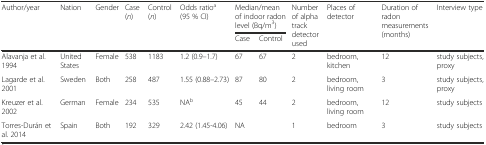
<table><thead><tr><td rowspan="2"><b>Author/year</b></td><td rowspan="2"><b>Nation</b></td><td rowspan="2"><b>Gender</b></td><td rowspan="2"><b>Case (<i>n</i>)</b></td><td rowspan="2"><b>Control (<i>n</i>)</b></td><td rowspan="2"><b>Odds ratio<sup>a</sup> (95 % CI)</b></td><td colspan="2"><b>Median/mean of indoor radon level (Bq/m<sup>3</sup>)</b></td><td rowspan="2"><b>Number of alpha track detector used</b></td><td rowspan="2"><b>Places of detector</b></td><td rowspan="2"><b>Duration of radon measurements (months)</b></td><td rowspan="2"><b>Interview type</b></td></tr><tr><td><b>Case</b></td><td><b>Control</b></td></tr></thead><tbody><tr><td>Alavanja et al. 1994</td><td>United States</td><td>Female</td><td>538</td><td>1183</td><td>1.2 (0.9–1.7)</td><td>67</td><td>67</td><td>2</td><td>bedroom, kitchen</td><td>12</td><td>study subjects, proxy</td></tr><tr><td>Lagarde et al. 2001</td><td>Sweden</td><td>Both</td><td>258</td><td>487</td><td>1.55 (0.88–2.73)</td><td>87</td><td>80</td><td>2</td><td>bedroom, living room</td><td>3</td><td>study subjects, proxy</td></tr><tr><td>Kreuzer et al. 2002</td><td>German</td><td>Female</td><td>234</td><td>535</td><td>NA<sup>b</sup></td><td>45</td><td>44</td><td>2</td><td>bedroom, living room</td><td>12</td><td>study subjects</td></tr><tr><td>Torres-Durán et al. 2014</td><td>Spain</td><td>Both</td><td>192</td><td>329</td><td>2.42 (1.45-4.06)</td><td colspan="2">NA</td><td>1</td><td>bedroom</td><td>3</td><td>study subjects</td></tr></tbody></table>